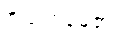
ဗီယက်နမ်၏